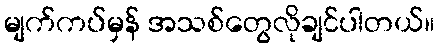
မျက်ကပ်မှန် အသစ်တွေလိုချင်ပါတယ်။